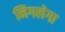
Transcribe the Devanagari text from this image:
निगलेगा